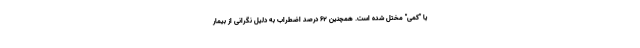
یا "کمی" مختل شده است. همچنین ۶۲ درصد اضطراب به دلیل نگرانی از بیمار